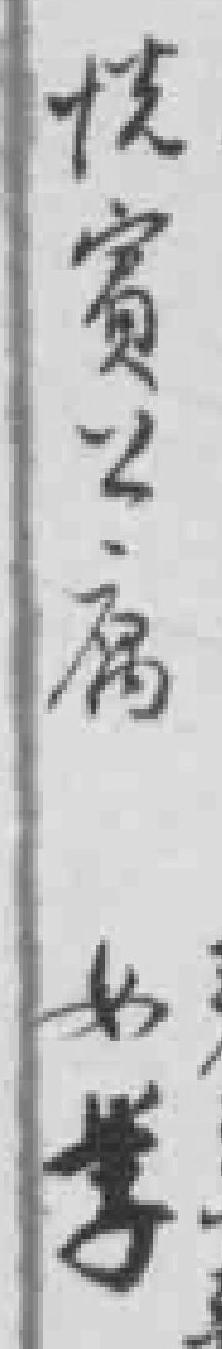
悅賓公寓女学